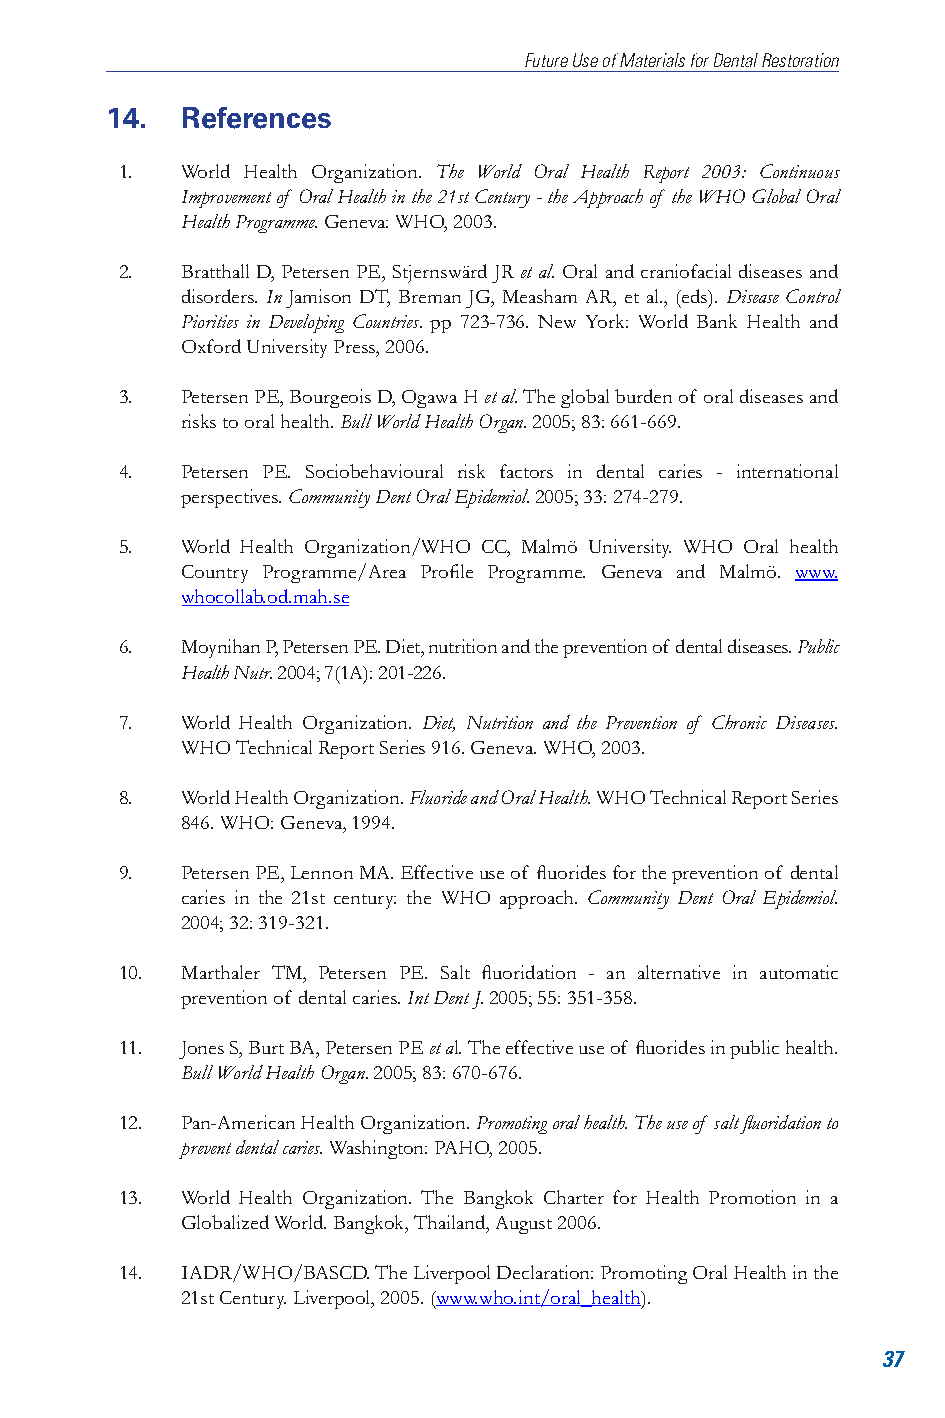
Future Use of Materials for Dental Restoration
 14.  References
 1.  World Health Organization. The World Oral Health Report 2003: Continuous
 Improvement of Oral Health in the 21st Century - the Approach of the WHO Global Oral
 Health Programme. Geneva: WHO, 2003.
 2.  Bratthall D, Petersen PE, Stjernswärd JR et al. Oral and craniofacial diseases and
 disorders. In Jamison DT, Breman JG, Measham AR, et al., (eds). Disease Control
 Piorities in Developing Countries. pp 723-736. New York: World Bank Health and
 Oxford University Press, 2006.
 3.  Petersen PE, Bourgeois D, Ogawa H et al. The global burden of oral diseases and
 risks to oral health. Bull World Health Organ. 2005; 83: 661-669.
 4.  Petersen PE. Sociobehavioural risk factors in dental caries - international
 perspectives. Community Dent Oral Epidemiol. 2005; 33: 274-279.
 5.  World Health Organization/WHO CC, Malmö University. WHO Oral health
 Country Programme/Area Profile Programme. Geneva and Malmö. www.
 whocollab.od.mah.se
 6.  Moynihan P, Petersen PE. Diet, nutrition and the prevention of dental diseases. Public
 Health Nutr. 2004; 7(1A): 201-226.
 7.  World Health Organization. Diet, Nutrition and the Prevention of Chronic Diseases.
 WHO Technical Report Series 916. Geneva. WHO, 2003.
 8.  World Health Organization. Fluoride and Oral Health. WHO Technical Report Series
 846. WHO: Geneva, 1994.
 9.  Petersen PE, Lennon MA. Effective use of fluorides for the prevention of dental
 caries in the 21st century: the WHO approach. Community Dent Oral Epidemiol.
 2004; 32: 319-321.
 10. Marthaler TM, Petersen PE. Salt fluoridation - an alternative in automatic
 prevention of dental caries. Int Dent J. 2005; 55: 351-358.
 11. Jones S, Burt BA, Petersen PE et al. The effective use of fluorides in public health.
 Bull World Health Organ. 2005; 83: 670-676.
 12. Pan-American Health Organization. Promoting oral health. The use of salt fluoridation to
 prevent dental caries. Washington: PAHO, 2005.
 13. World Health Organization. The Bangkok Charter for Health Promotion in a
 Globalized World. Bangkok, Thailand, August 2006.
 14. IADR/WHO/BASCD. The Liverpool Declaration: Promoting Oral Health in the
 21st Century. Liverpool, 2005. (www.who.int/oral_health).
 37